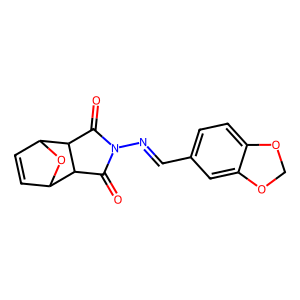
SMILES: O=C1C2C3C=CC(O3)C2C(=O)N1N=Cc1ccc2c(c1)OCO2
Inhibits HIV replication: No